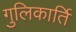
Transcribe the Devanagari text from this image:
गुलिकार्ति